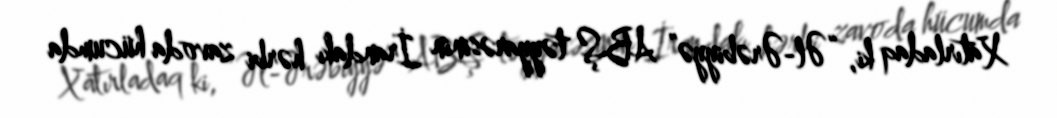
Xatırladaq ki, “Əl-Ərəbiyyə” ABŞ təyyarəsinin İrandakı hərbi zavoda hücumda